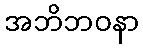
အဘိဘဝနာ